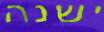
ישנה